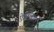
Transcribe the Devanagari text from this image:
ऐमिग्डाल